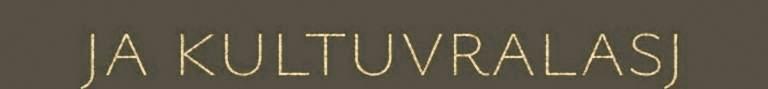
ja kultuvralasj